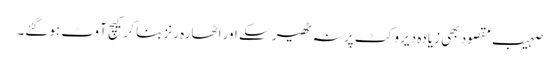
صہیب مقصود بھی زیادہ دیر وکٹ پر نہ ٹھیر سکے اور اٹھارہ رنز بنا کر کیچ آوٹ ہوگئے۔